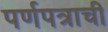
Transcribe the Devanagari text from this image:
पर्णपत्राची